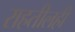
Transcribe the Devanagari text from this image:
राहतीलही